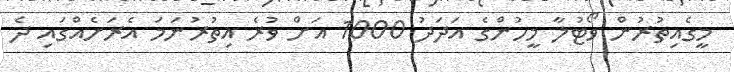
މީގެއިތުރުން ވޯޓުލާ މީހުންގެ އަދަދު 1000 އަށް ވުރެ އިތުރުނަމަ އެރަށެއްގައި ދެ